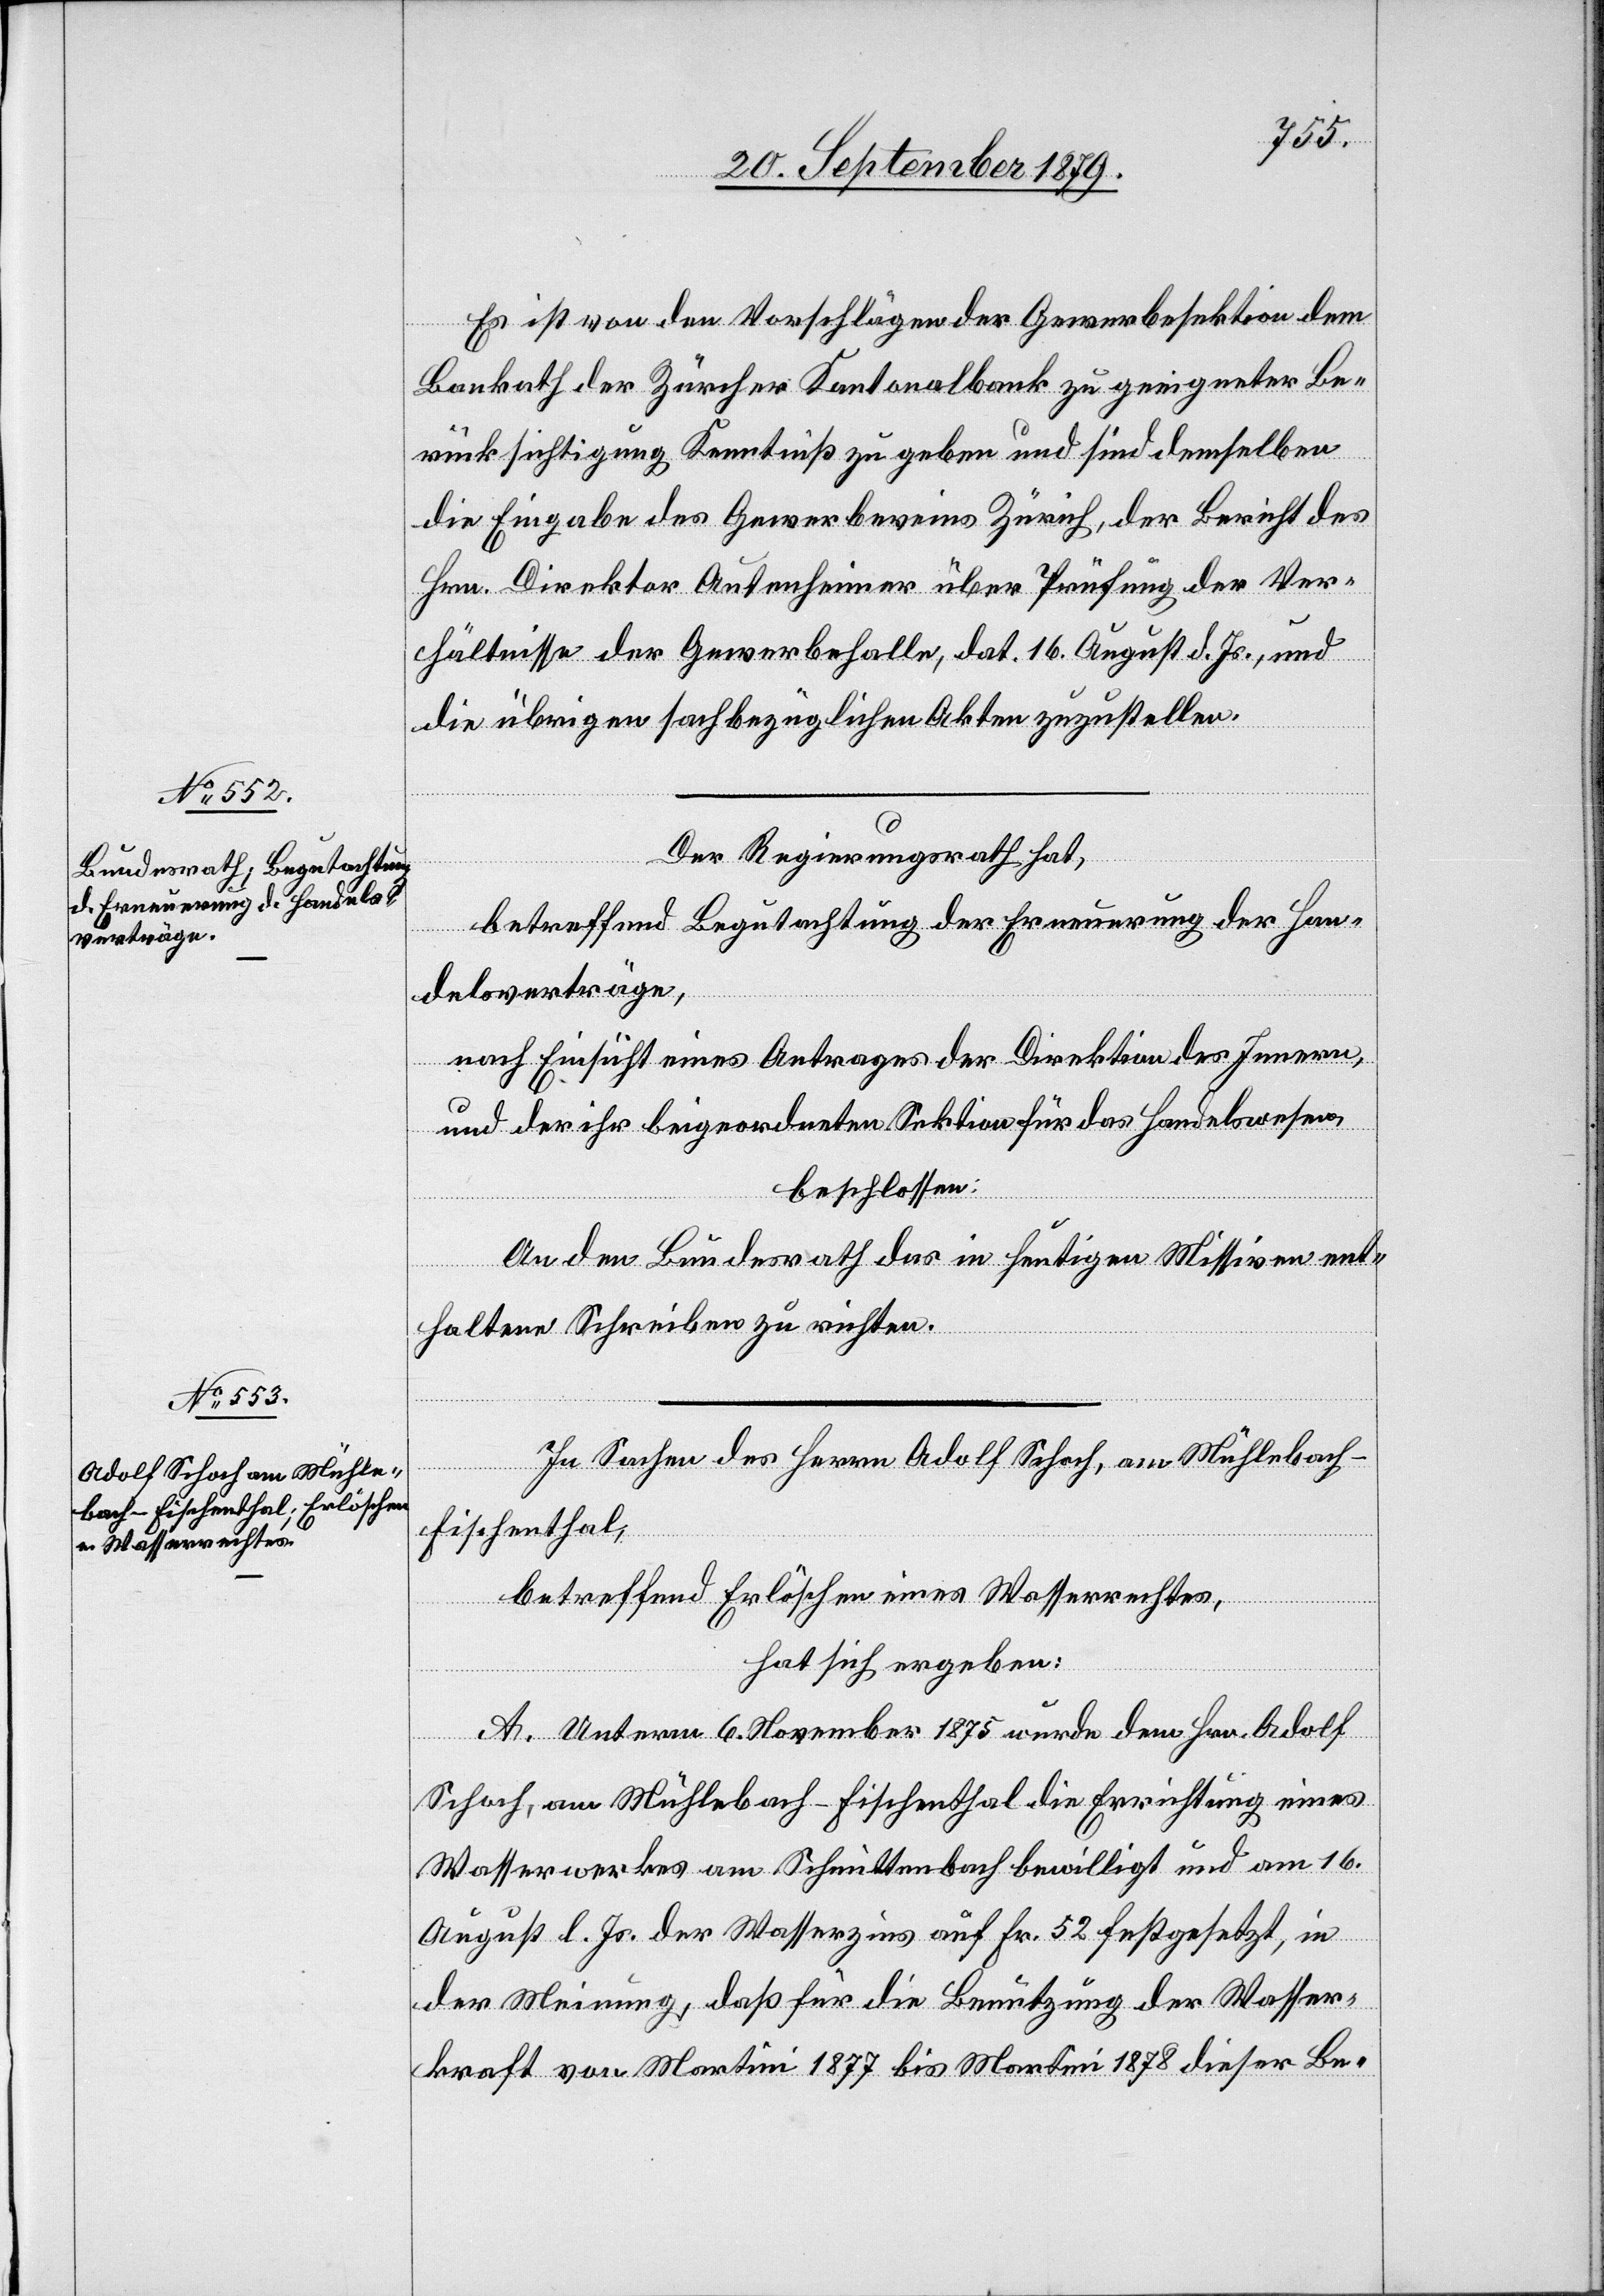
Es ist von den Vorschlägen der Gewerbesektion dem
Bankrath der Zürcher Kantonalbank zu geeigneter Be¬
rücksichtigung Kenntniß zu geben und sind demselben
die Eingabe des Gewerbevereins Zürich, der Bericht des
Hrn. Direktor Autenheimer über Prüfung der Ver¬
hältnisse der Gewerbehalle, dat. 16. August d. Js., und
die übrigen sachbezüglichen Akten zuzustellen.
Der Regierungsrath hat,
betreffend Begutachtung der Erneuerung der Han¬
delsverträge,
nach Einsicht eines Antrages der Direktion des Innern,
und der ihr beigeordneten Sektion für das Handelswesen,
beschlossen:
An den Bundesrath das in heutigen Missiven ent¬
haltene Schreiben zu richten.
In Sachen des Herren Adolf Schoch, am Mühlebach -
Fischenthal,
betreffend Erlöschen eines Wasserrechtes,
hat sich ergeben:
A. Unterm 6. November 1875 wurde dem Hrn. Adolf
Schoch, am Mühlebach - Fischenthal die Errichtung eines
Wasserwerkes am Schmittenbach bewilligt und am 16.
August l. Js. der Wasserzins auf Fr. 52 festgesetzt, in
der Meinung, daß für die Benutzung der Wasser¬
kraft von Martini 1877 bis Martini 1878 dieser Be-